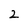
Character: 2